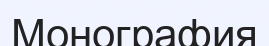
Монография